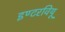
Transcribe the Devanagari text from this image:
इण्टरवियू